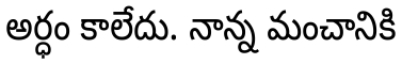
అర్ధం కాలేదు. నాన్న మంచానికి